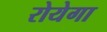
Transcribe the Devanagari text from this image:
रोयेगा